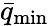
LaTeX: \bar{q}_{\mathrm{min}}